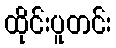
ထိုင်းပူတင်း